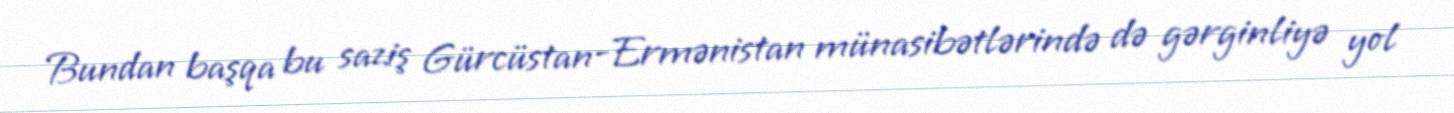
Bundan başqa bu saziş Gürcüstan-Ermənistan münasibətlərində də gərginliyə yol